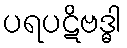
ပရပဋိဗဒ္ဓါ